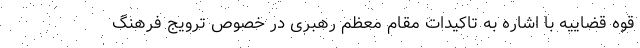
قوه قضاییه با اشاره به تاکیدات مقام معظم رهبری در خصوص ترویج فرهنگ